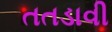
તતડાવી